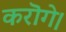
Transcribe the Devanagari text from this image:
करॊगे।